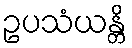
ဥပသံယန္တိ